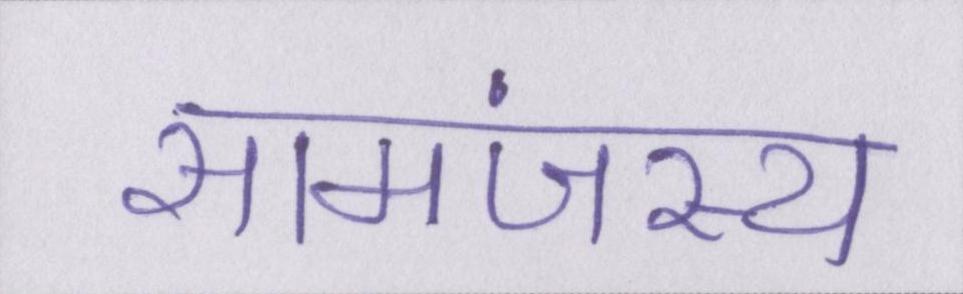
सामंजस्य